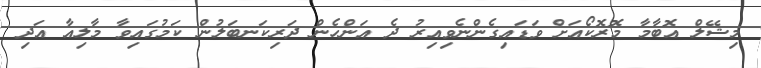
މިޝޭލް އޮބާމާ މޮރޮކޯއަށް ވަޑައިގެންނެވިއިރު ދެ އަންހެން ދަރިކަނބަލުން ކަމުގައިވާ މާލިއާ އަދި